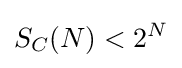
S_{C}(N)<2^{N}